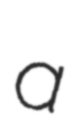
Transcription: a